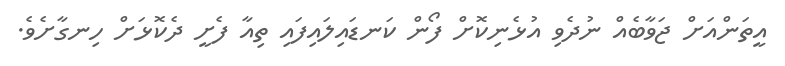
އީތަންއަށް ޖަވާބެއް ނުދެވި އުޅެނިކޮށް ފޯން ކަނޑައިލައިފައި ތިއާ ފެށީ ދެކޮޅަށް ހިނގާށެވެ.